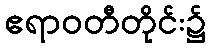
ဧရာဝတီတိုင်း၌